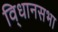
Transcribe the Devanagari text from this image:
वि्धानसभा